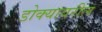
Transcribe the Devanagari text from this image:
डोक्‍यावरील